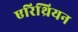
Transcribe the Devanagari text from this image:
एरिथ्रियन